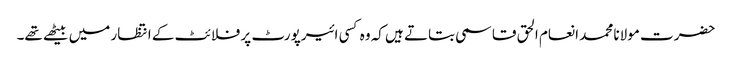
حضرت مولانا محمد انعام الحق قاسمی بتاتے ہیں کہ وہ کسی ائیرپورٹ پر فلائٹ کے انتظار میں بیٹھے تھے۔